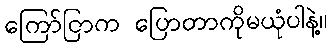
ကြော်ငြာက ပြောတာကိုမယုံပါနဲ့။